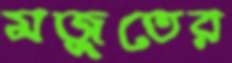
মজুতের